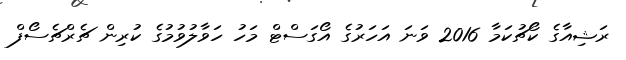
ރަޝިއާގެ ކޯޗުކަމާ 2016 ވަނަ އަހަރުގެ އޯގަސްޓް މަހު ހަވާލުވުމުގެ ކުރިން ޗެރްޗެސޯފް